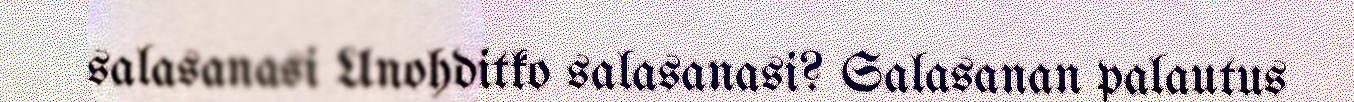
salasanasi Unohditko salasanasi? Salasanan palautus